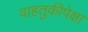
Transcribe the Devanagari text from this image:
वाहतुकीपेक्षा